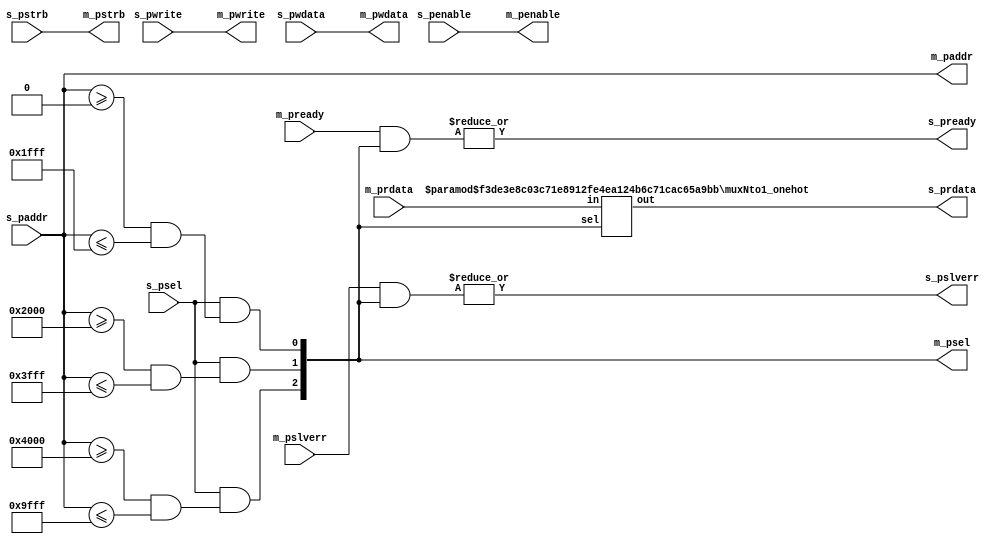
module apb_interconnect #(
    parameter  N_SLAVES       = 3,
    parameter  N_MASTERS      = 1,
    parameter  DATA_WIDTH = 32,
    parameter  ADDR_WIDTH = 32,
    parameter [N_SLAVES*2*ADDR_WIDTH-1:0] MEM_MAP = {32'h0000_0000, 32'h0000_1FFF, 32'h0000_2000, 32'h0000_3FFF, 32'h0000_4000, 32'h0000_9FFF},

    parameter  PSTRB_WIDTH = (DATA_WIDTH-1)/8+1 // 4 bits for 32 data
)(
    // SLAVE PORT
    input   wire                        s_penable,
    input   wire                        s_pwrite,
    input   wire [ADDR_WIDTH-1:0]       s_paddr,
    input   wire                        s_psel,
    input   wire [DATA_WIDTH-1:0]       s_pwdata,
    input   wire [PSTRB_WIDTH-1:0]      s_pstrb,
    output       [DATA_WIDTH-1:0]       s_prdata,
    output                              s_pready,
    output                              s_pslverr,

    // MASTER PORTS
    output                                       m_penable,
    output                                       m_pwrite,
    output       [ADDR_WIDTH-1:0]                m_paddr,
    output  reg  [N_SLAVES-1:0]                  m_psel,
    output       [DATA_WIDTH-1:0]                m_pwdata,
    output       [PSTRB_WIDTH-1:0]               m_pstrb,
    input   wire [DATA_WIDTH*N_SLAVES-1:0]       m_prdata,
    input   wire [N_SLAVES-1:0]                  m_pready,
    input   wire [N_SLAVES-1:0]                  m_pslverr
);

    integer j;
    always @(*) begin : match_address
        m_psel   = {N_SLAVES{1'b0}};
        // generate the select signal based on the supplied address
        for (j = 0; j < N_SLAVES; j++) begin
            m_psel[j]  =  s_psel && (s_paddr >= MEM_MAP[(N_SLAVES*2-2*j)  *ADDR_WIDTH-1 -: ADDR_WIDTH] &&
                                     s_paddr <= MEM_MAP[(N_SLAVES*2-1-2*j)*ADDR_WIDTH-1 -: ADDR_WIDTH]);
        end
    end

    // Parametrizable N:1 mux
    muxNto1_onehot #(
        .WIDTH(DATA_WIDTH),
        .N(N_SLAVES)
    )   mux_prdata (
        .in(m_prdata),
        .out(s_prdata),
        .sel(m_psel)
    );

    assign s_pready =  |(m_pready & m_psel);
    assign s_pslverr = |(m_pslverr & m_psel);
    assign m_penable = s_penable;
    assign m_pwrite = s_pwrite;
    assign m_paddr = s_paddr;
    assign m_pwdata = s_pwdata;
    assign m_pstrb = s_pstrb;

endmodule

module muxNto1_onehot #(
    parameter WIDTH = 32,
    parameter N = 2
)
(
    input wire [WIDTH*N-1:0] in,
    output wire [WIDTH-1:0] out,
    input wire [N-1:0] sel
);
// Credit https://www.eevblog.com/forum/microcontrollers/simplify-verilog-code-(bus-mux)/

   wire [N*WIDTH-1:0] repl;
   genvar i;
    generate 
        for (i = 0; i < N; i = i + 1) begin: data_mux
          if (0 == i)
            assign repl[0 +: WIDTH] = {(WIDTH){sel[i]}} & in[0 +: WIDTH];
          else
            assign repl[i*WIDTH +: WIDTH] = repl[(i-1) * WIDTH +: WIDTH] | {(WIDTH){sel[i]}} & in[i*WIDTH +: WIDTH];
        end
    endgenerate
    assign out = repl[(N-1)*WIDTH +: WIDTH];


endmodule